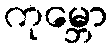
ကုမ္ဘော